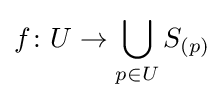
f\colon U\to \bigcup _{p\in U}S_{(p)}